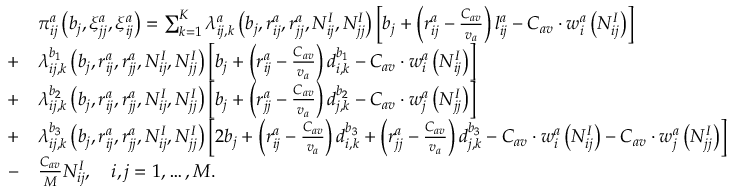
\begin{array} { r l } & { \pi _ { i j } ^ { a } \left( b _ { j } , \xi _ { j j } ^ { a } , \xi _ { i j } ^ { a } \right) = \sum _ { k = 1 } ^ { K } \lambda _ { i j , k } ^ { a } \left( b _ { j } , r _ { i j } ^ { a } , r _ { j j } ^ { a } , N _ { i j } ^ { I } , N _ { j j } ^ { I } \right) \left[ b _ { j } + \left( r _ { i j } ^ { a } - \frac { C _ { a v } } { v _ { a } } \right) l _ { i j } ^ { a } - C _ { a v } \cdot w _ { i } ^ { a } \left( N _ { i j } ^ { I } \right) \right] } \\ { + } & { \lambda _ { i j , k } ^ { b _ { 1 } } \left( b _ { j } , r _ { i j } ^ { a } , r _ { j j } ^ { a } , N _ { i j } ^ { I } , N _ { j j } ^ { I } \right) \left[ b _ { j } + \left( r _ { i j } ^ { a } - \frac { C _ { a v } } { v _ { a } } \right) d _ { i , k } ^ { b _ { 1 } } - C _ { a v } \cdot w _ { i } ^ { a } \left( N _ { i j } ^ { I } \right) \right] } \\ { + } & { \lambda _ { i j , k } ^ { b _ { 2 } } \left( b _ { j } , r _ { i j } ^ { a } , r _ { j j } ^ { a } , N _ { i j } ^ { I } , N _ { j j } ^ { I } \right) \left[ b _ { j } + \left( r _ { j j } ^ { a } - \frac { C _ { a v } } { v _ { a } } \right) d _ { j , k } ^ { b _ { 2 } } - C _ { a v } \cdot w _ { j } ^ { a } \left( N _ { j j } ^ { I } \right) \right] } \\ { + } & { \lambda _ { i j , k } ^ { b _ { 3 } } \left( b _ { j } , r _ { i j } ^ { a } , r _ { j j } ^ { a } , N _ { i j } ^ { I } , N _ { j j } ^ { I } \right) \left[ 2 b _ { j } + \left( r _ { i j } ^ { a } - \frac { C _ { a v } } { v _ { a } } \right) d _ { i , k } ^ { b _ { 3 } } + \left( r _ { j j } ^ { a } - \frac { C _ { a v } } { v _ { a } } \right) d _ { j , k } ^ { b _ { 3 } } - C _ { a v } \cdot w _ { i } ^ { a } \left( N _ { i j } ^ { I } \right) - C _ { a v } \cdot w _ { j } ^ { a } \left( N _ { j j } ^ { I } \right) \right] } \\ { - } & { \frac { C _ { a v } } { M } N _ { i j } ^ { I } , \quad i , j = 1 , \dots , M . } \end{array}